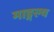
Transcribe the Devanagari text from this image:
माङ्गल्य